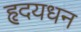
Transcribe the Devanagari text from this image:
हृदयधन